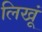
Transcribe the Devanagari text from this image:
लिखूं